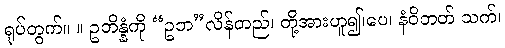
ရုပ်တွက်။ ။ ဥဘိန္နံကို “ဥဘ”လိန်တည်၊ တို့အားဟူ၍၊ပေ၊ နံဝိဘတ် သက်၊